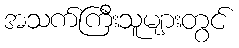
အသက်ကြီးသူများတွင်